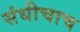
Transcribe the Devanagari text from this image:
संधीचाच